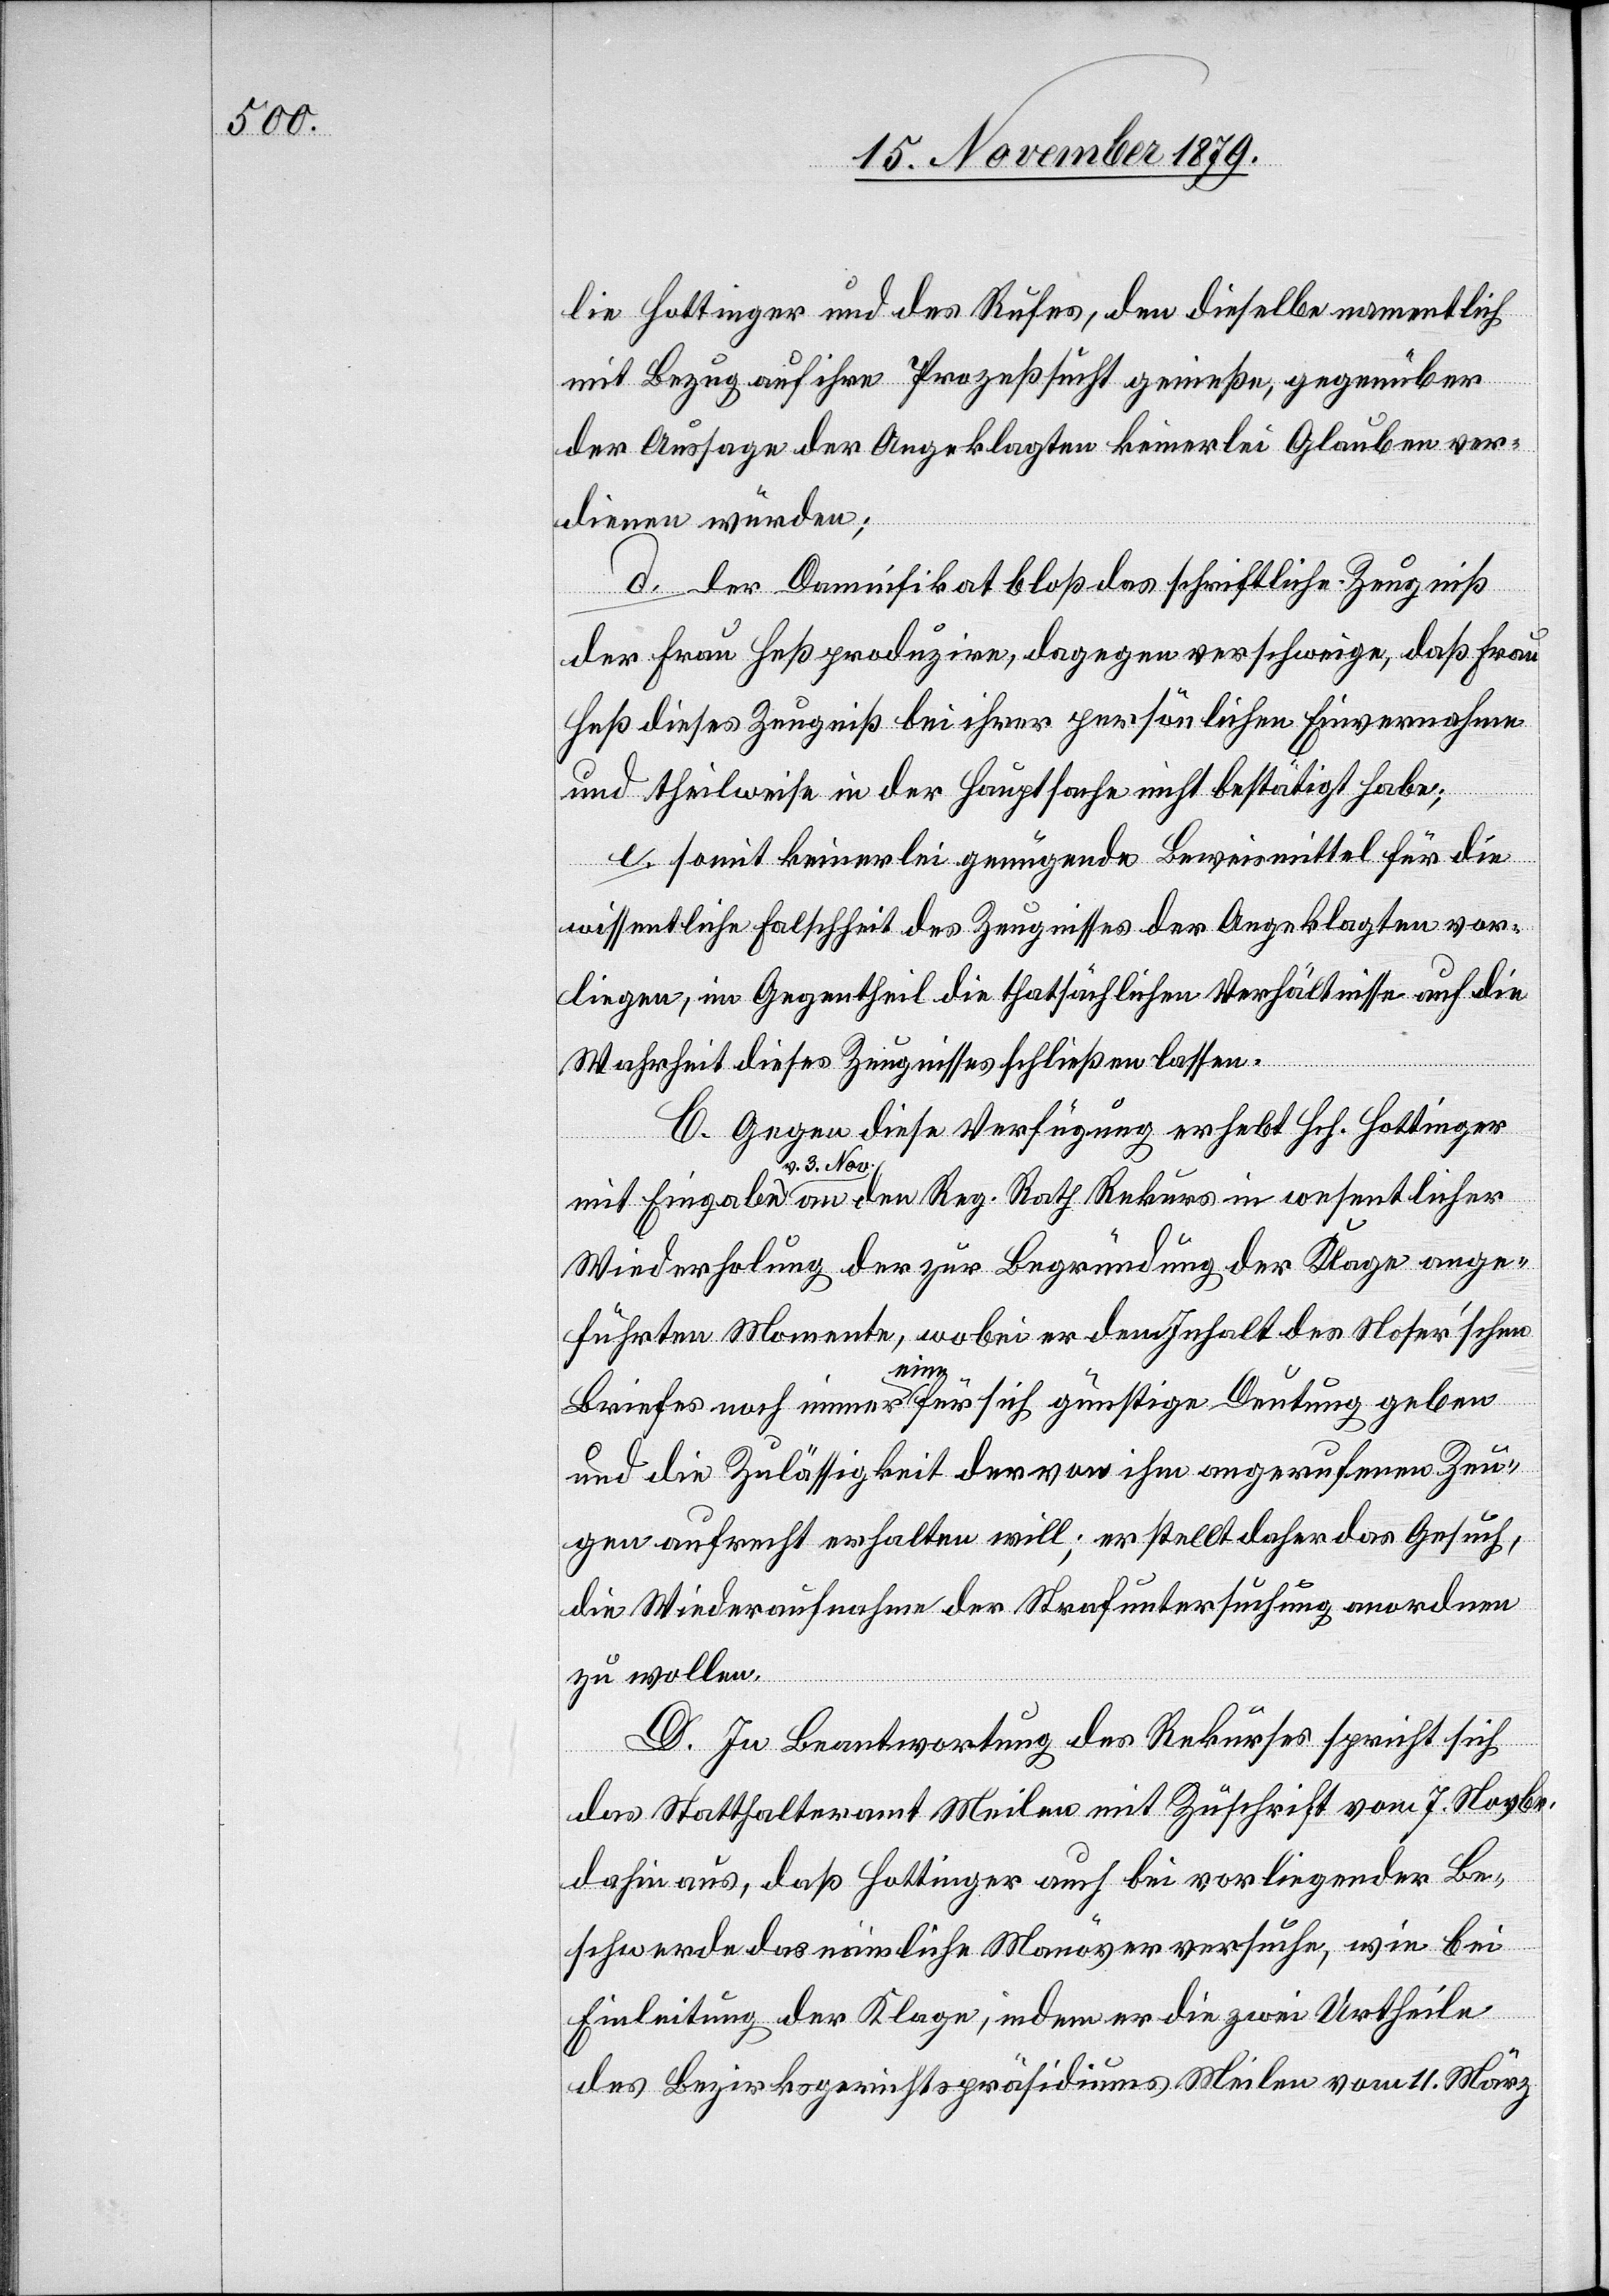
lie Hottinger und des Rufes, den dieselbe namentlich
mit Bezug auf ihre Prozeßsucht genießen, gegenüber
der Aussage der Angeklagten keinerlei Glauben ver¬
dienen würden;
d. der Damnifikat bloß das schriftliche Zeugniß
der Frau Heß produzire, dagegen verschweige, das Frau
Heß dieses Zeugniß bei ihrer persönlichen Einvernahme
und theilweise in der Hauptsache nicht bestätigt habe;
e. Somit keinerlei genügende Beweismittel für die
wissentliche Falschheit des Zeugnisses der Angeklagten vor¬
liegen, im Gegentheil die thatsächlichen Verhältnisse auf die
licher
Mehrheit dieses Zeugnisses schließen lassen.
C. Gegen diese Verfügung erhebt Hch. Hottinger
v. 3. Nov.
Wiederholung der zur Begründung der Klage ange¬
führten Momente, wobei er dem Inhalt des Noser’schen
an
Briefes noch immer eine für sich günstige Deutung geben
und die Zulässigkeit der von ihm angerufenen Zeu¬
gen aufrecht erhalten will; er stellt daher das Gesuch
die Wiederaufnahme der Strafuntersuchung anordnen
zu wollen.
D. In Beantwortung des Rekurses spricht sich
das Statthalteramt Meilen mit Zuschrift vom 7. Novbr.
dahin aus, daß Hottinger auch bei vorliegender Be¬
schwerde das nämliche Manöver versuche, wie bei
Einleitung der Klage, indem er die zwei Urtheile
des Bezirksgerichtspräsidiums Meilen vom 11. März